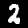
Label: 2